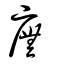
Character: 廡